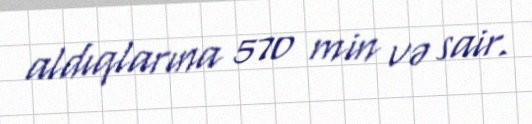
aldıqlarına 570 min və sair.